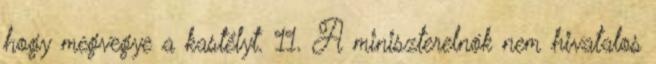
hogy megvegye a kastélyt. 11. A miniszterelnök nem hivatalos